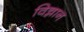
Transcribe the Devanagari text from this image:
विन्नान